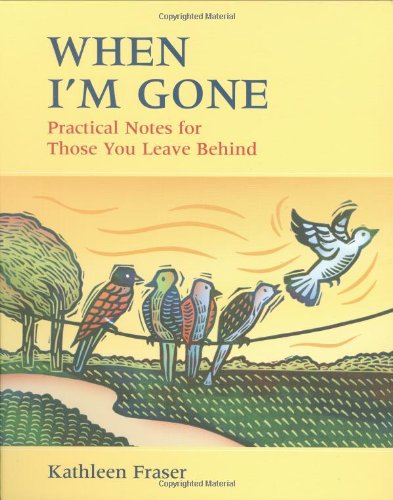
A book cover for When I'm Gone: Practical Notes For Those You Leave Behind; Kathleen Fraser; Self-Help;